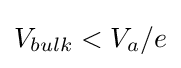
V_{bulk}<V_{a}/e